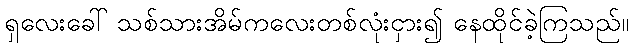
ရှလေးခေါ် သစ်သားအိမ်ကလေးတစ်လုံးငှား၍ နေထိုင်ခဲ့ကြသည်။